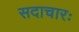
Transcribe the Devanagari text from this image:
सदाचारः